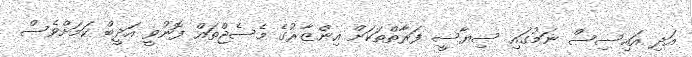
އަދި އައިސިސް ނަމުގައި ސިޔާސީ ފަރާތްތަކަށް އިންޒާރުގެ މެސެޖްތައް ފޮނުވީ އަދީބް ކަމަށްވެސް